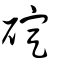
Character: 碇